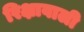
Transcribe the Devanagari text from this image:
रिक्षावाली